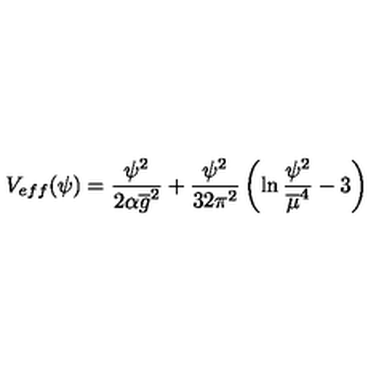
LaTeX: V _ { e f f } ( \psi ) = \frac { \psi ^ { 2 } } { 2 \alpha { \overline { g } } ^ { 2 } } + \frac { \psi ^ { 2 } } { 3 2 \pi ^ { 2 } } \left( \ln \frac { \psi ^ { 2 } } { { \overline { \mu } } ^ { 4 } } - 3 \right)